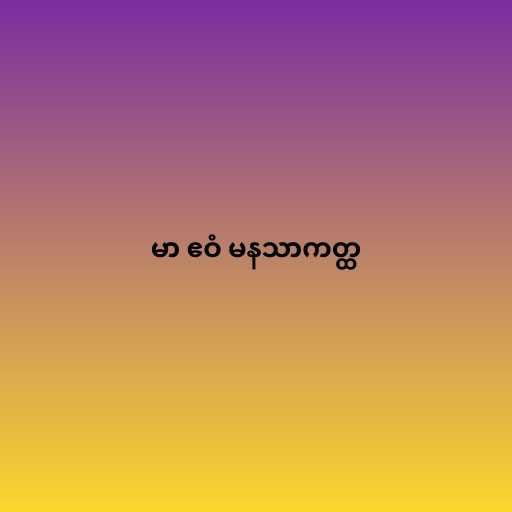
မာ ဧဝံ မနသာကတ္ထ